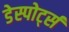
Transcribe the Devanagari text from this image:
डेस्पोर्ट्स